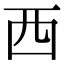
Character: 西